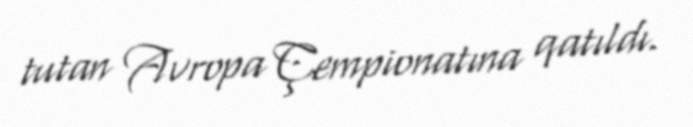
tutan Avropa Çempionatına qatıldı.